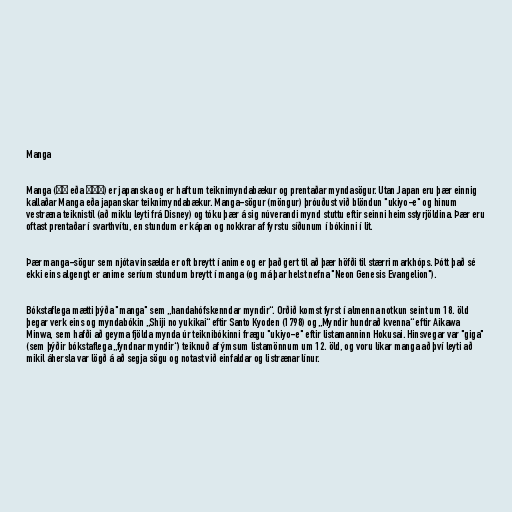
Manga

Manga (漫画 eða まんが) er japanska og er haft um teiknimyndabækur og prentaðar myndasögur. Utan Japan eru þær einnig
kallaðar Manga eða japanskar teiknimyndabækur. Manga-sögur (möngur) þróuðust við blöndun "ukiyo-e" og hinum
vestræna teiknistíl (að miklu leyti frá Disney) og tóku þær á sig núverandi mynd stuttu eftir seinni heimsstyrjöldina. Þær eru
oftast prentaðar í svarthvítu, en stundum er kápan og nokkrar af fyrstu síðunum í bókinni í lit.

Þær manga-sögur sem njóta vinsælda er oft breytt í anime og er það gert til að þær höfði til stærri markhóps. Þótt það sé
ekki eins algengt er anime seríum stundum breytt í manga (og má þar helst nefna "Neon Genesis Evangelion").

Bókstaflega mætti þýða "manga" sem „handahófskenndar myndir“. Orðið komst fyrst í almenna notkun seint um 18. öld
þegar verk eins og myndabókin „Shiji no yukikai“ eftir Santo Kyoden (1798) og „Myndir hundrað kvenna“ eftir Aikawa
Minwa, sem hafði að geyma fjölda mynda úr teiknibókinni frægu "ukiyo-e" eftir listamanninn Hokusai. Hinsvegar var "giga"
(sem þýðir bókstaflega „fyndnar myndir“) teiknuð af ýmsum listamönnum um 12. öld, og voru líkar manga að því leyti að
mikil áhersla var lögð á að segja sögu og notast við einfaldar og listrænar línur.